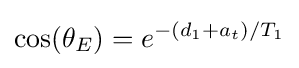
\cos(\theta _{E})=e^{-(d_{1}+a_{t})/T_{1}}